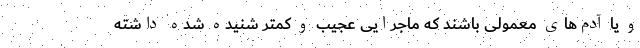
و یا آدم‌های معمولی باشند که ماجرایی عجیب و کمتر شنیده شده داشته